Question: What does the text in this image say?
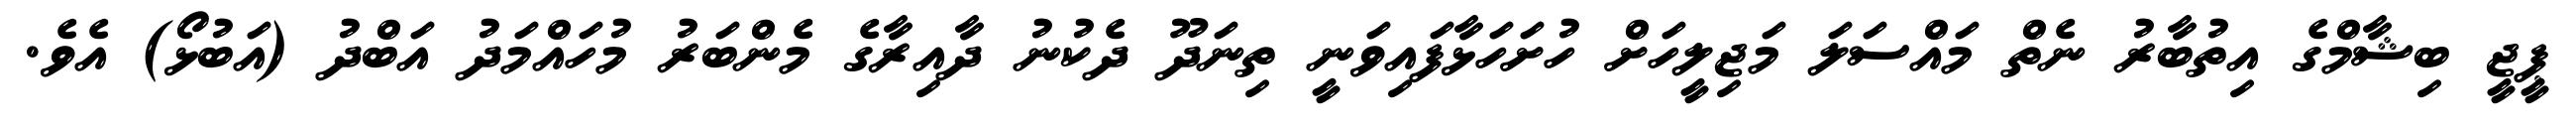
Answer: ޕީޖީ ބިޝާމްގެ އިތުބާރު ނެތް މައްސަލަ މަޖިލީހަށް ހުށަހަޅާފައިވަނީ ތިނަދޫ ދެކުނު ދާއިރާގެ މެންބަރު މުހައްމަދު އަބްދު (އަބުޅޯ) އެވެ.